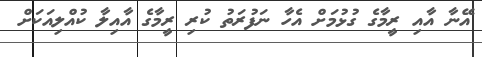
އޭނާ އާއި ރީމާގެ ގުޅުމަށް އެހާ ނަފުރަތު ކުރި ރީމާގެ އާއިލާ ކުއްލިއަކަށް